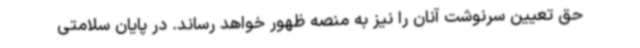
حق تعیین سرنوشت آنان را نیز به منصه ظهور خواهد رساند. در پایان سلامتی